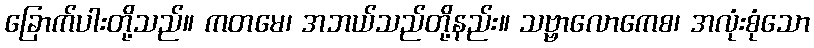
ခြောက်ပါးတို့သည်။ ကတမေ၊ အဘယ်သည်တို့နည်း။ သဗ္ဗာလောကေစ၊ အလုံးစုံသော